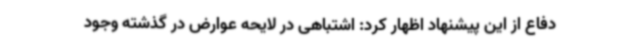
دفاع از این پیشنهاد اظهار کرد: اشتباهی در لایحه عوارض در گذشته وجود